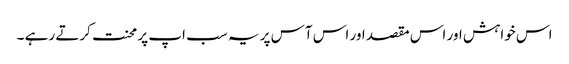
اس خواہش اور اس مقصد اور اس آس پر یہ سب اپ پر محنت کرتے رہے ۔